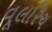
વૂલરિચ